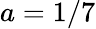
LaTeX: a=1/7